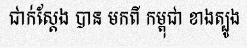
ជាក់ស្តែង បាន មកពី កម្ពុជា ខាងត្បូង